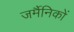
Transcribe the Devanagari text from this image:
जर्मैनिकों